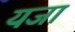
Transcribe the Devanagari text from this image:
यजा